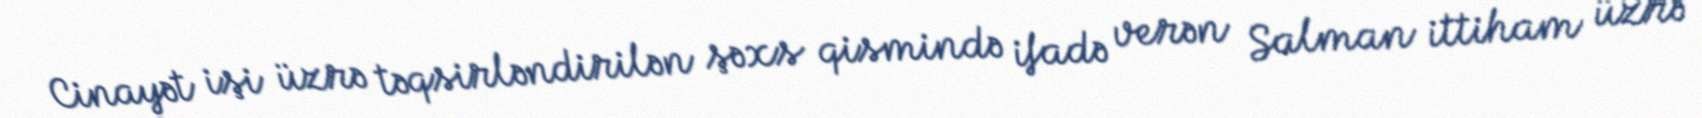
Cinayət işi üzrə təqsirləndirilən şəxs qismində ifadə verən Salman ittiham üzrə